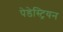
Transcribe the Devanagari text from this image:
पेडेस्ट्रियन